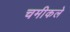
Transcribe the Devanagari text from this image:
चमीकले